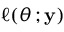
\ell ( \theta \, ; \mathbf { y } )